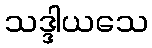
သဒ္ဒါယသေ